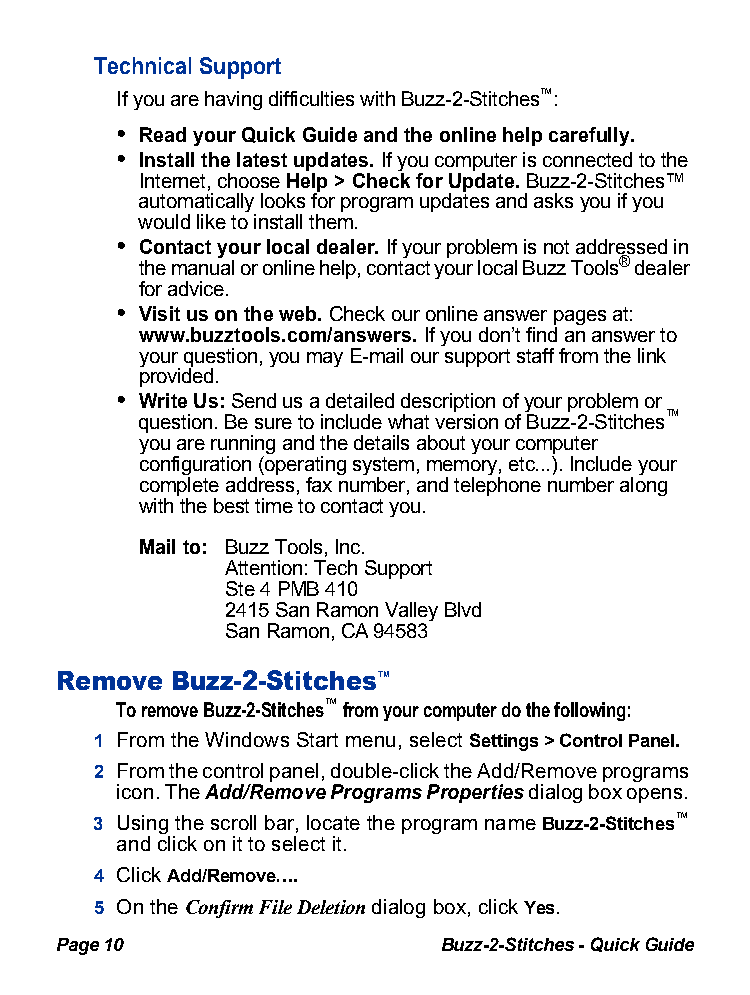
Technical Support
 If you are having difficulties with Buzz-2-Stitche™s:
 • Read your Quick Guide and the online help carefully.
 • Install the latest updates. If you computer is connected to the
 Internet, choose Help > Check for Update. Buzz-2-Stitches™
 automatically looks for program updates and asks you if you
 would like to install them.
 • Contact your local dealer. If your problem is not addressed in
 the manual or online help, contact your local Buzz Too®l sdealer
 for advice.
 • Visit us on the web. Check our online answer pages at:
 www.buzztools.com/answers. If you don’t find an answer to
 your question, you may E-mail our support staff from the link
 provided.
 • Write Us: Send us a detailed description of your problem or
 question. Be sure to include what version of Buzz-2-Stitche™s
 you are running and the details about your computer
 configuration (operating system, memory, etc...). Include your
 complete address, fax number, and telephone number along
 with the best time to contact you.
 Mail to: Buzz Tools, Inc.
 Attention: Tech Support
 Ste 4 PMB 410
 2415 San Ramon Valley Blvd
 San Ramon, CA 94583
 Remove Buzz-2-Stitches™
 To remove Buzz-2-Stitches™ from your computer do the following:
 1 From the Windows Start menu, select Settings > Control Panel.
 2 From the control panel, double-click the Add/Remove programs
 icon. The Add/Remove Programs Properties dialog box opens.
 3 Using the scroll bar, locate the program name Buzz-2-Stitches™
 and click on it to select it.
 4 Click Add/Remove….
 5 On the Confirm File Deletiond ialog box, click Yes.
 Page 10                  Buzz-2-Stitches - Quick Guide